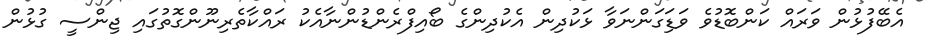
އެބޭފުޅުން ވަރައް ކަންބޮޑުވެ ވަޑަިގަންނަވާ ޅަކުދިން އެކުދިންގެ ބޯއިފްރެންޑުންނާއެކު ރައްކާތެރިނޫންގޮތުގައި ޖިންސީ ގުޅުން